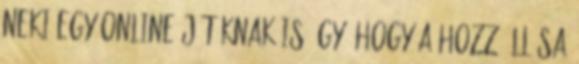
neki egy online játéknak is úgy, hogy a hozzáállása